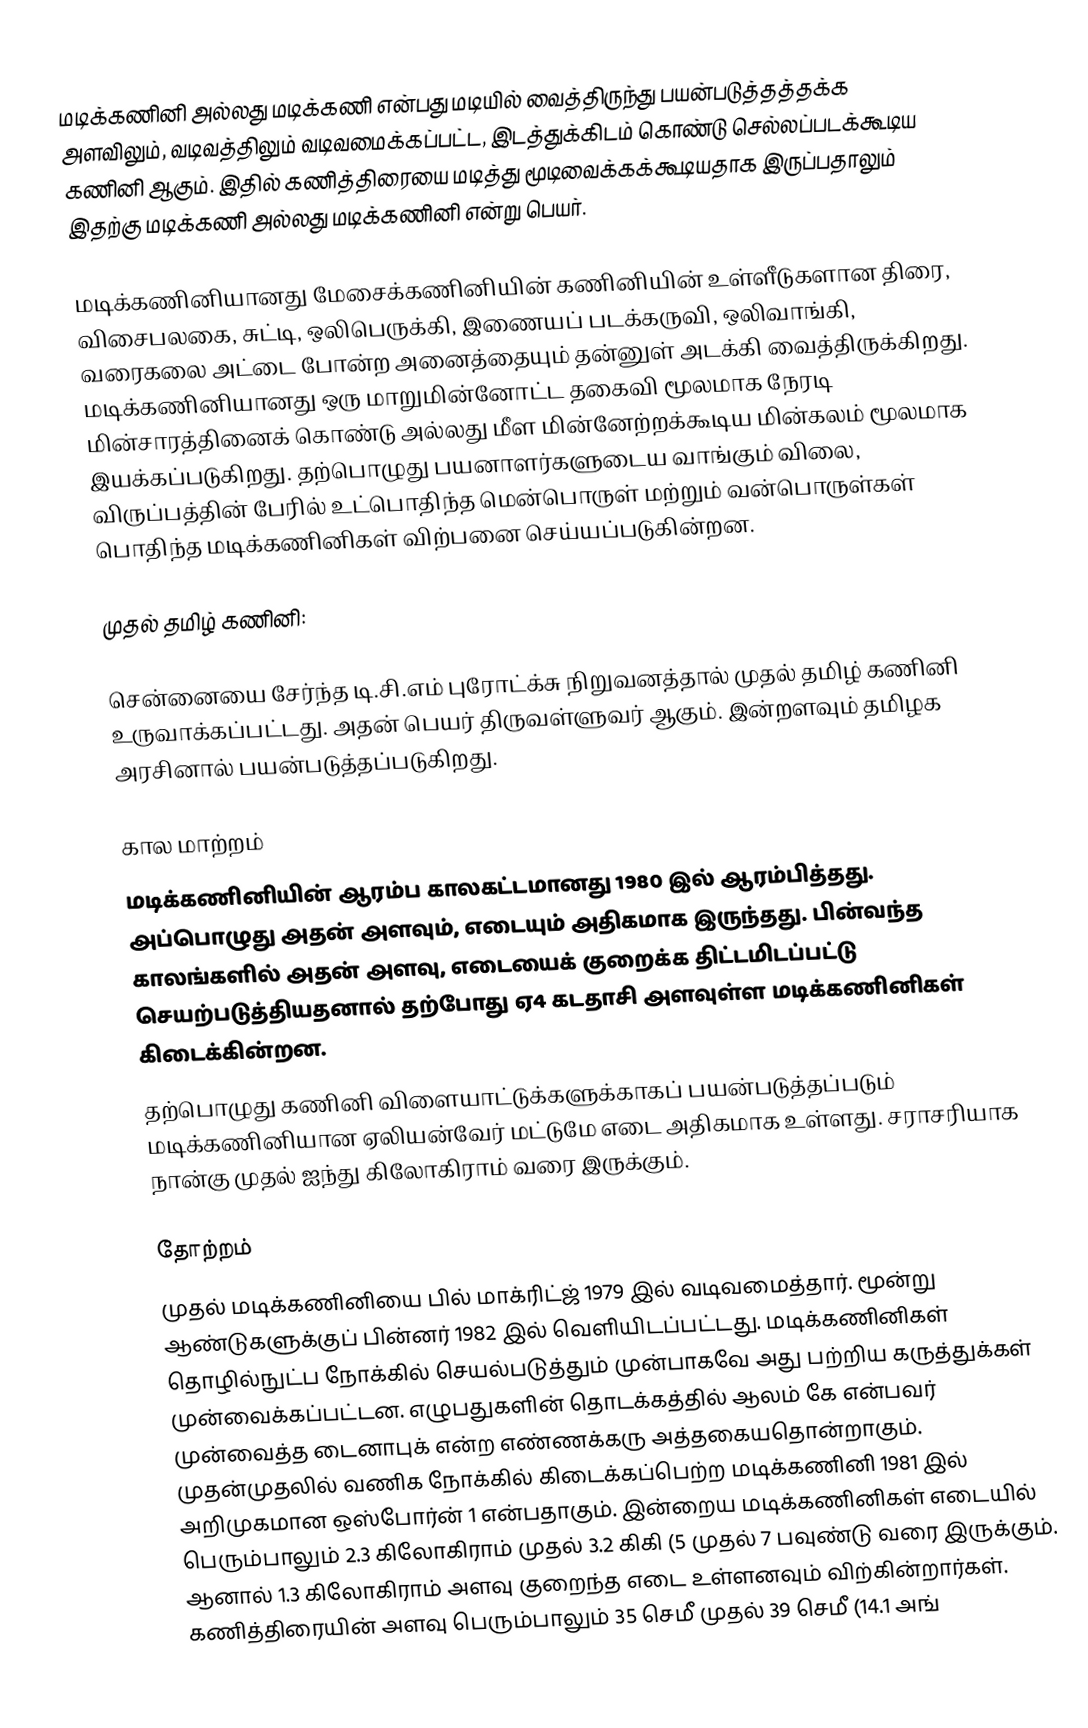
மடிக்கணினி அல்லது மடிக்கணி என்பது மடியில் வைத்திருந்து பயன்படுத்தத்தக்க அளவிலும், வடிவத்திலும் வடிவமைக்கப்பட்ட, இடத்துக்கிடம் கொண்டு செல்லப்படக்கூடிய கணினி ஆகும். இதில் கணித்திரையை மடித்து மூடிவைக்கக்கூடியதாக இருப்பதாலும் இதற்கு மடிக்கணி அல்லது மடிக்கணினி என்று பெயர்.

மடிக்கணினியானது மேசைக்கணினியின் கணினியின் உள்ளீடுகளான திரை, விசைபலகை, சுட்டி, ஒலிபெருக்கி, இணையப் படக்கருவி, ஒலிவாங்கி, வரைகலை அட்டை போன்ற அனைத்தையும் தன்னுள் அடக்கி வைத்திருக்கிறது. மடிக்கணினியானது ஒரு மாறுமின்னோட்ட தகைவி மூலமாக நேரடி மின்சாரத்தினைக் கொண்டு அல்லது மீள மின்னேற்றக்கூடிய மின்கலம் மூலமாக இயக்கப்படுகிறது. தற்பொழுது பயனாளர்களுடைய வாங்கும் விலை, விருப்பத்தின் பேரில் உட்பொதிந்த மென்பொருள் மற்றும் வன்பொருள்கள் பொதிந்த மடிக்கணினிகள் விற்பனை செய்யப்படுகின்றன.

முதல் தமிழ் கணினி:

சென்னையை சேர்ந்த டி.சி.எம் புரோட்க்சு நிறுவனத்தால் முதல் தமிழ் கணினி உருவாக்கப்பட்டது. அதன் பெயர் திருவள்ளுவர் ஆகும். இன்றளவும் தமிழக அரசினால் பயன்படுத்தப்படுகிறது.

கால மாற்றம்
மடிக்கணினியின் ஆரம்ப காலகட்டமானது 1980 இல் ஆரம்பித்தது. அப்பொழுது அதன் அளவும், எடையும் அதிகமாக இருந்தது. பின்வந்த காலங்களில் அதன் அளவு, எடையைக் குறைக்க திட்டமிடப்பட்டு செயற்படுத்தியதனால் தற்போது ஏ4 கடதாசி அளவுள்ள மடிக்கணினிகள் கிடைக்கின்றன.
தற்பொழுது கணினி விளையாட்டுக்களுக்காகப் பயன்படுத்தப்படும் மடிக்கணினியான  ஏலியன்வேர் மட்டுமே எடை அதிகமாக உள்ளது. சராசரியாக நான்கு முதல் ஐந்து கிலோகிராம் வரை இருக்கும்.

தோற்றம்
முதல் மடிக்கணினியை பில் மாக்ரிட்ஜ் 1979 இல் வடிவமைத்தார். மூன்று ஆண்டுகளுக்குப் பின்னர் 1982 இல் வெளியிடப்பட்டது. மடிக்கணினிகள் தொழில்நுட்ப நோக்கில் செயல்படுத்தும் முன்பாகவே அது பற்றிய கருத்துக்கள் முன்வைக்கப்பட்டன. எழுபதுகளின் தொடக்கத்தில் ஆலம் கே என்பவர் முன்வைத்த டைனாபுக் என்ற எண்ணக்கரு அத்தகையதொன்றாகும். முதன்முதலில் வணிக நோக்கில் கிடைக்கப்பெற்ற மடிக்கணினி 1981 இல் அறிமுகமான ஒஸ்போர்ன் 1 என்பதாகும். இன்றைய மடிக்கணினிகள் எடையில் பெரும்பாலும் 2.3 கிலோகிராம் முதல் 3.2 கிகி (5 முதல் 7 பவுண்டு வரை இருக்கும். ஆனால் 1.3 கிலோகிராம் அளவு குறைந்த எடை உள்ளனவும் விற்கின்றார்கள். கணித்திரையின் அளவு பெரும்பாலும் 35 செமீ முதல் 39 செமீ (14.1 அங்